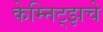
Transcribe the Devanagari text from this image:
केम्निट्झचे